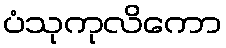
ပံသုကုလိကော